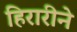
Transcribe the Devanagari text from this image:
हिरारीने